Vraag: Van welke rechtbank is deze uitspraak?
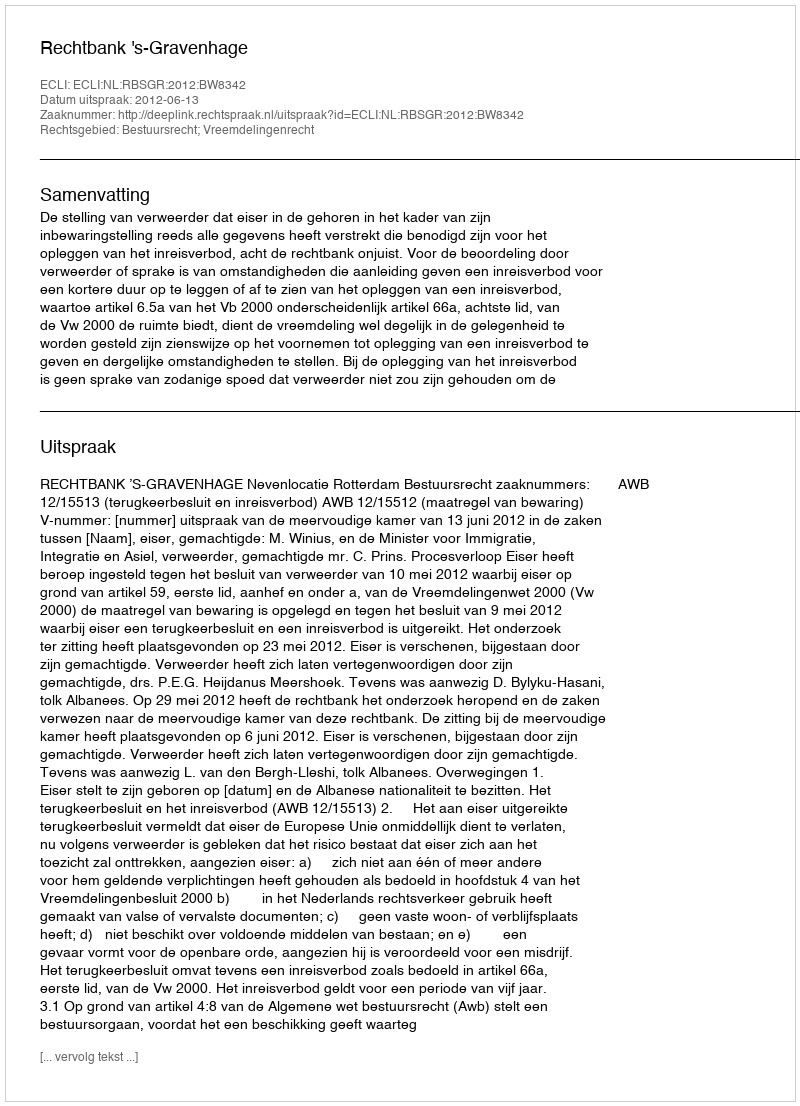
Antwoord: Rechtbank 's-Gravenhage